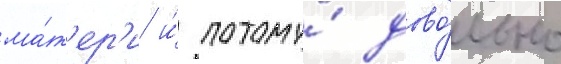
ма́т'ер'и и́ потому́ дово́льно